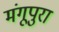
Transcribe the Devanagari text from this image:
मंगूपुरा